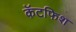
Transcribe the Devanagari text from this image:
कॅटफिश